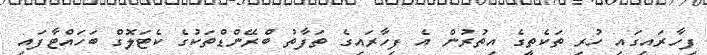
ފިހާރައިގައި ހުރި ތަކެތީގެ އިތުރުން އެ ފިހާރައިގެ ތަފާތު ބްރޭންޑްތަކުގެ ކެޓަލޮގް ބަހައްޓާފައި